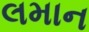
લમાન